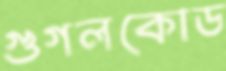
গুগলকোড